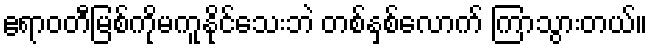
ဧရာဝတီမြစ်ကိုမကူနိုင်သေးဘဲ တစ်နှစ်လောက် ကြာသွားတယ်။